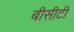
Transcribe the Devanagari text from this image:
बीसीटी